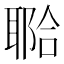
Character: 鿢